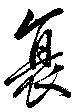
衰